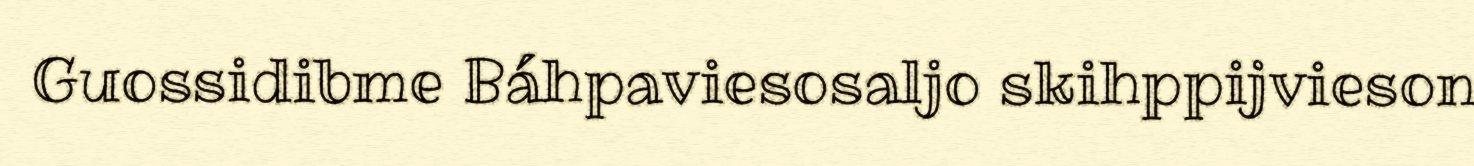
Guossidibme Báhpaviesosaljo skihppijvieson